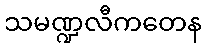
သမဏ္ဍလီကတေန